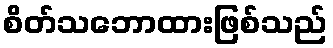
စိတ်သဘောထားဖြစ်သည်